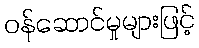
ဝန်ဆောင်မှုများဖြင့်